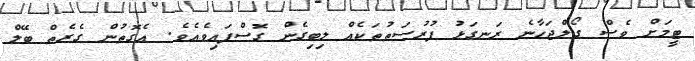
ޓީމަށް ވެސް ގޯލްޖަހާނެ ރަނގަޅު ފުރުސަތުތަކެއް ލިބިގެން ގޮސްފައިވެއެވެ. އެގޮތުން ގެރެތް ބޭލް